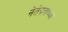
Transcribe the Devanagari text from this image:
नेतेपदाच्या